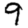
Digit: 9